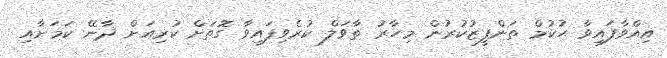
އިއްވާފައިވާ ޙުކުމް ތަންފީޒުކުރުން މިހާރު ތާވަލް ކުރެވިފައިވާ ގޮތަށް ކުރިއަށް ދާނޭ ކަމަށާއި